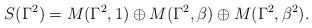
LaTeX: \begin{align*} S(\Gamma^2) = M(\Gamma^2,1)\oplus M(\Gamma^2,\beta)\oplus M(\Gamma^2,\beta^2).\end{align*}